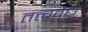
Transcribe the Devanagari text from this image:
तत्त्ववेध